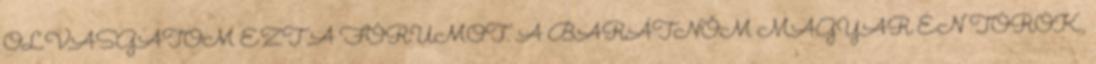
OLVASGATOM EZT A FÓRUMOT. A BARÁTNŐM MAGYAR ÉN TÖRÖK,